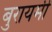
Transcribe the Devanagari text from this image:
बुरायमी